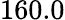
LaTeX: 160.0